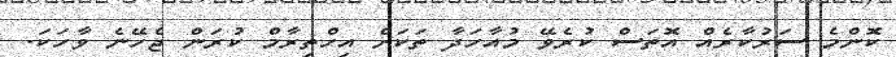
ކޮންމެ ސަރުކާރެއް އޮތަސް ކުރެވޭ މުއާހަދާ ތަކަށް އިހްތިރާމް ކުރަން ޖެހޭނެ ވާހަކަ.